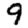
Digit: 9